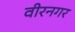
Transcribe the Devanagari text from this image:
वीरनगर